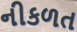
નીકળત